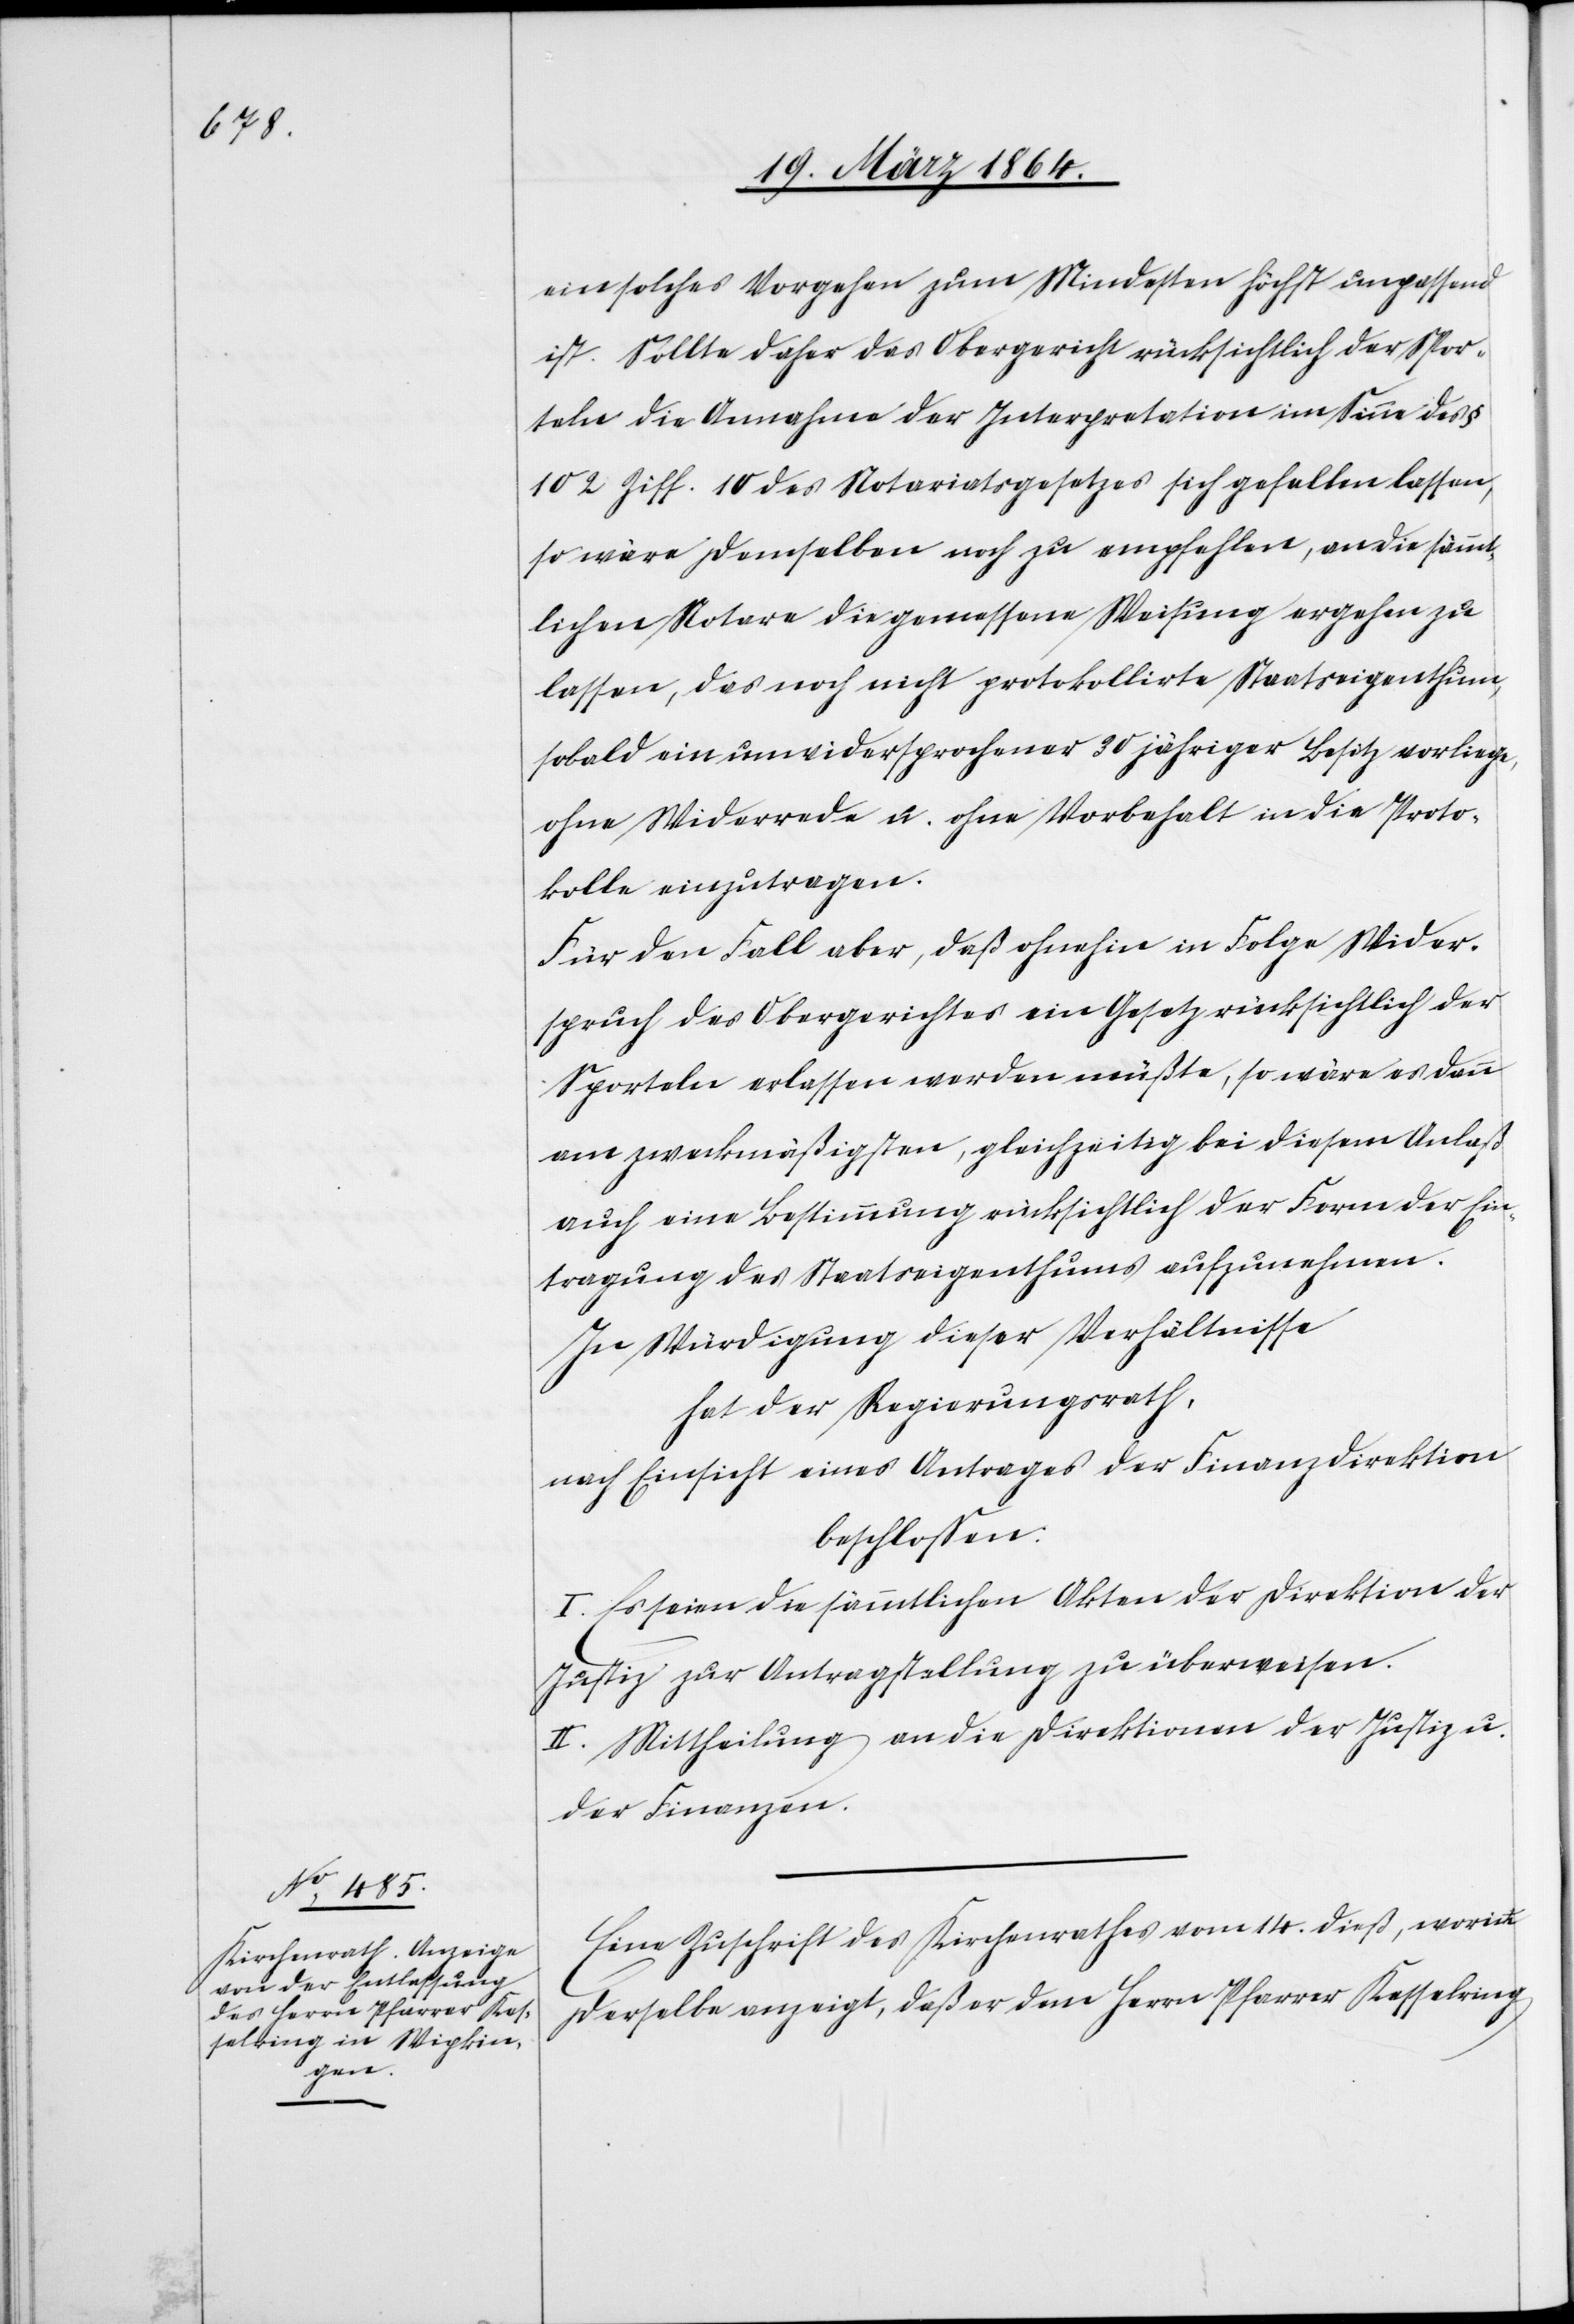
ein solches Vorgehen zum Mindesten höchst unpassend
ist. Sollte daher das Obergericht rücksichtlich der Spor¬
teln die Annahme der Interpretation im Sinne des §
102 Ziff. 10 des Notariatsgesetzes sich gefallen lassen,
so wäre demselben noch zu empfehlen, an die sämmt¬
lichen Notare die gemessene Weisung ergehen zu
lassen, das noch nicht protokollirte Staatseigenthum,
sobald ein unwidersprochener 30 jähriger Besitz vorliege,
ohne Widerrede u. ohne Vorbehalt in die Proto¬
kolle einzutragen.
Für den Fall aber, daß ohnehin in Folge Wider¬
spruch des Obergerichtes ein Gesetz rücksichtlich der
Sporteln erlassen werden müßte, so wäre es dann
am zweckmäßigsten, gleichzeitig bei diesem Anlaß
auch eine Bestimmung rücksichtlich der Form der Ein¬
tragung des Staatseigenthums aufzunehmen.
In Würdigung dieser Verhältnisse
hat der Regierungsrath,
nach Einsicht eines Antrages der Finanzdirektion
beschlossen:
I. Es seien die sämmtlichen Akten der Direktion der
Justiz zur Antragstellung zu überweisen.
II. Mittheilung an die Direktionen der Justiz u.
der Finanzen.
Eine Zuschrift des Kirchenrathes vom 14. dieß, worin
derselbe anzeigt, daß er dem Herrn Pfarrer Kesselring